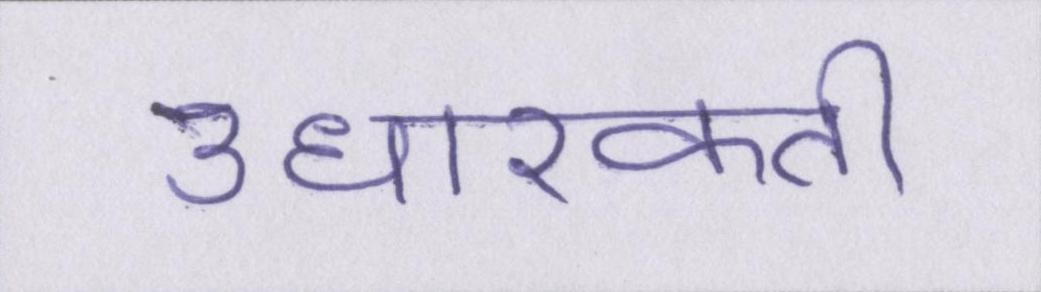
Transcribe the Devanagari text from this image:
उधारकर्ता